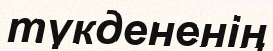
түкдененің